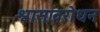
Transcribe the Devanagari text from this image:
श्वासावरोधन